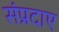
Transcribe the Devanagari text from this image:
संप्रदाए